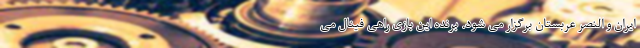
ایران و النصر عربستان برگزار می شود. برنده این بازی راهی فینال می